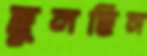
ছুলছিস